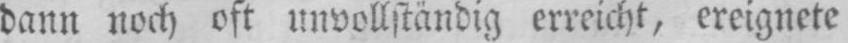
dann noch oft unvollständig erreicht, ereignete